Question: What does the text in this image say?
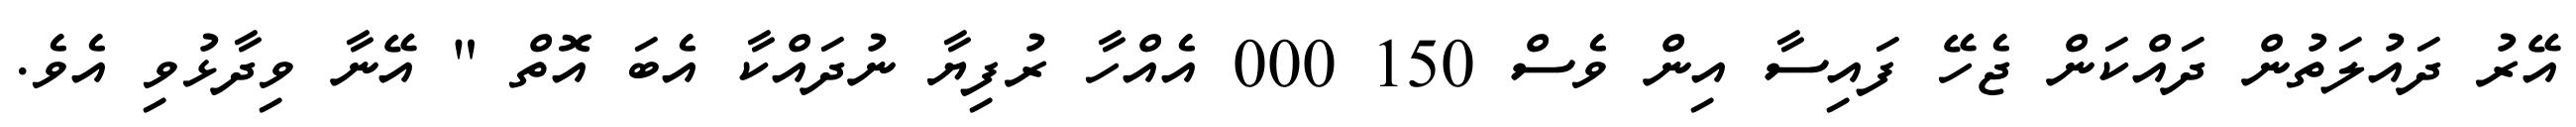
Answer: އޭރު ދައުލަތުން ދައްކަން ޖެހޭ ފައިސާ އިން ވެސް 150 000 އެއްހާ ރުފިޔާ ނުދައްކާ އެބަ އޮތް " އޭނާ ވިދާޅުވި އެވެ.